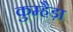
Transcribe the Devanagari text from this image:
कुम्हैड़ा